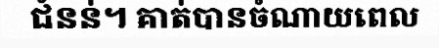
ជំនន់។ គាត់បានចំណាយពេល